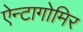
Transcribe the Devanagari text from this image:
ऐन्टागोमिर